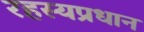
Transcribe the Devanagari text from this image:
रहस्यप्रधान